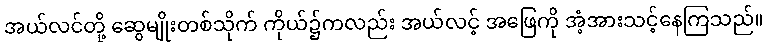
အယ်လင်တို့ ဆွေမျိုးတစ်သိုက် ကိုယ်၌ကလည်း အယ်လင့် အဖြေကို အံ့အားသင့်နေကြသည်။